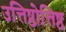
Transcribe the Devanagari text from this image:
उत्तिष्ठोत्तिष्ठ